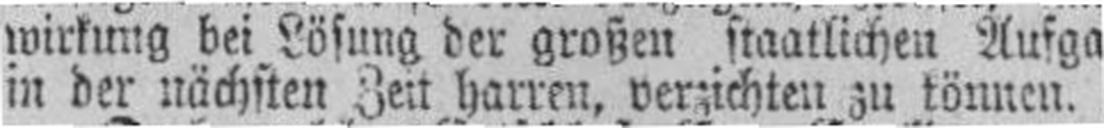
in der nächsten Zeit harren, verzichten zu können.